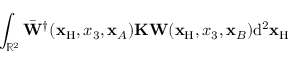
\int _ { { \mathbb { R } } ^ { 2 } } \bar { \bf W } ^ { \dagger } ( { \bf x } _ { \mathrm { H } } , x _ { 3 } , { \bf x } _ { A } ) { \bf K } { \bf W } ( { \bf x } _ { \mathrm { H } } , x _ { 3 } , { \bf x } _ { B } ) \mathrm { d } ^ { 2 } { \bf x } _ { \mathrm { H } }